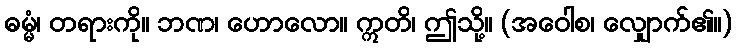
ဓမ္မံ၊ တရားကို။ ဘဏ၊ ဟောလော။ ဣတိ၊ ဤသို့။ (အဝေါစ၊ လျှောက်၏။)